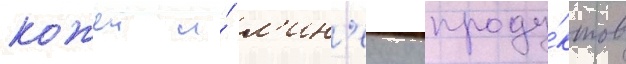
кожеи и́ л'ин'еику проду́ктов